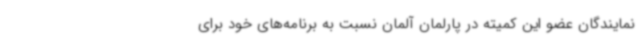
نمایندگان عضو این کمیته در پارلمان آلمان نسبت به برنامه‌های خود برای